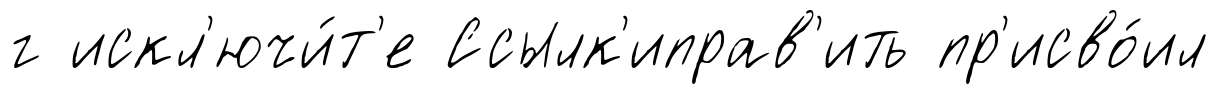
г искл'ючи́т'е Ссылк'иправ'ить пр'исво́ил